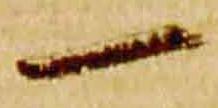
一